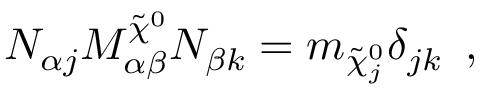
N _ { \alpha j } M _ { \alpha \beta } ^ { \tilde { \chi } ^ { 0 } } N _ { \beta k } = m _ { \tilde { \chi } _ { j } ^ { 0 } } \delta _ { j k } \enspace ,